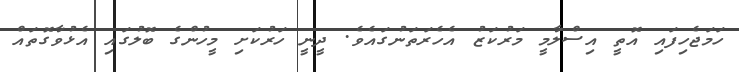
ހަމަޖެހިފައި އޮތީ އިސްލާމީ މަރުކަޒު އެހެރަތަނުގައެވެ. ދީނީ ހަރުކަށި މީހުންގެ ބޮލުގައި އެޅުވާގޮތައް